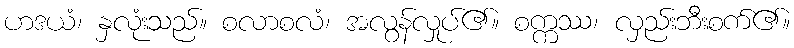
ဟဒယံ၊ နှလုံးသည်။ စလာစလံ၊ အလွန်လှုပ်၏။ စက္ကဿ၊ လှည်းဘီးစက်၏။